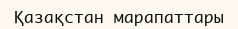
Қазақстан марапаттары